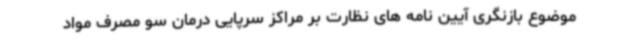
موضوع بازنگری آیین نامه های نظارت بر مراکز سرپایی درمان سو مصرف مواد